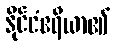
နိုင်ငံဧရိယာ၏